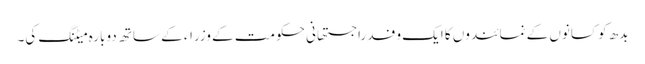
بدھ کو کسانوں کے نمائندوں کا ایک وفد راجستھانی حکومت کے وزراء کے ساتھ دوبارہ میٹنگ کی۔